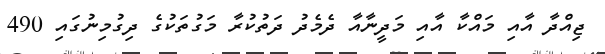
ޖިއްދާ އާއި މައްކާ އާއި މަދީނާއާ ދެމެދު ދަތުކުރާ މަގުތަކުގެ ދިގުމިނުގައި 490